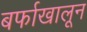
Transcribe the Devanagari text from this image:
बर्फाखालून